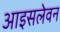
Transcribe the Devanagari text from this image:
आइसलेवन